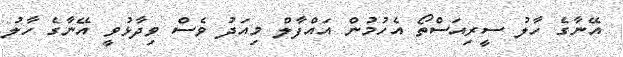
އޭނާގެ ހާލު ސީރިއަސްތޯ އެހުމުން އައްފާލް މިއަދު ވެސް ވިދާޅުވީ އޭނާގެ ހާލު